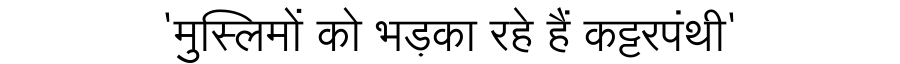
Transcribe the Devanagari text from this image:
'मुस्लिमों को भड़का रहे हैं कट्टरपंथी'